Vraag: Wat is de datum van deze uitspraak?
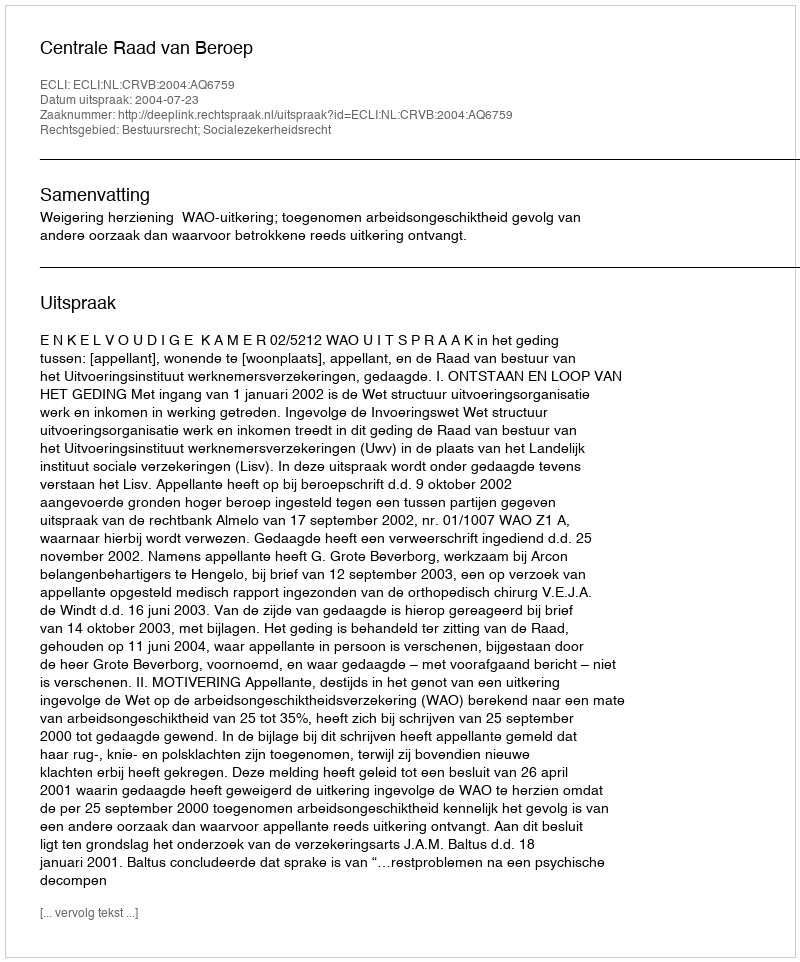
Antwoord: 2004-07-23